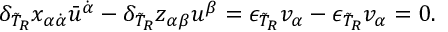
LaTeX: \delta _ { \tilde { T } _ { R } } x _ { \alpha \dot { \alpha } } \bar { u } ^ { \dot { \alpha } } - \delta _ { \tilde { T } _ { R } } z _ { \alpha \beta } u ^ { \beta } = \epsilon _ { \tilde { T } _ { R } } v _ { \alpha } - \epsilon _ { \tilde { T } _ { R } } v _ { \alpha } = 0 .